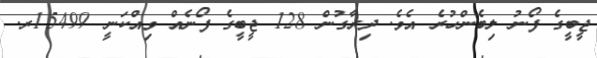
ޖީބީގެ ފޯނު ލިބެންހުރެ އެވެ. ދިރާގުން 128 ޖީބީގެ ފޯނެއް ވިއްކަނީ 15499ރ.